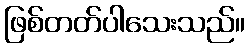
ဖြစ်တတ်ပါသေးသည်။